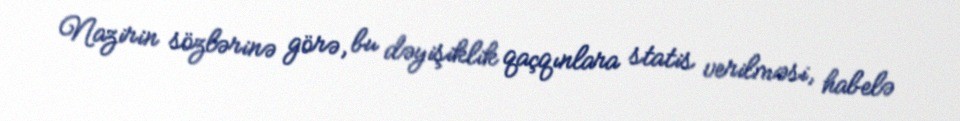
Nazirin sözlərinə görə, bu dəyişiklik qaçqınlara statis verilməsi, habelə